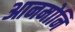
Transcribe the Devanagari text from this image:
आनमोनि